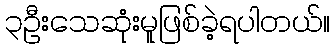
၃ဦးသေဆုံးမူဖြစ်ခဲ့ရပါတယ်။